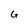
Character: G